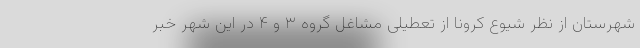
شهرستان از نظر شیوع کرونا از تعطیلی مشاغل گروه ۳ و ۴ در این شهر خبر